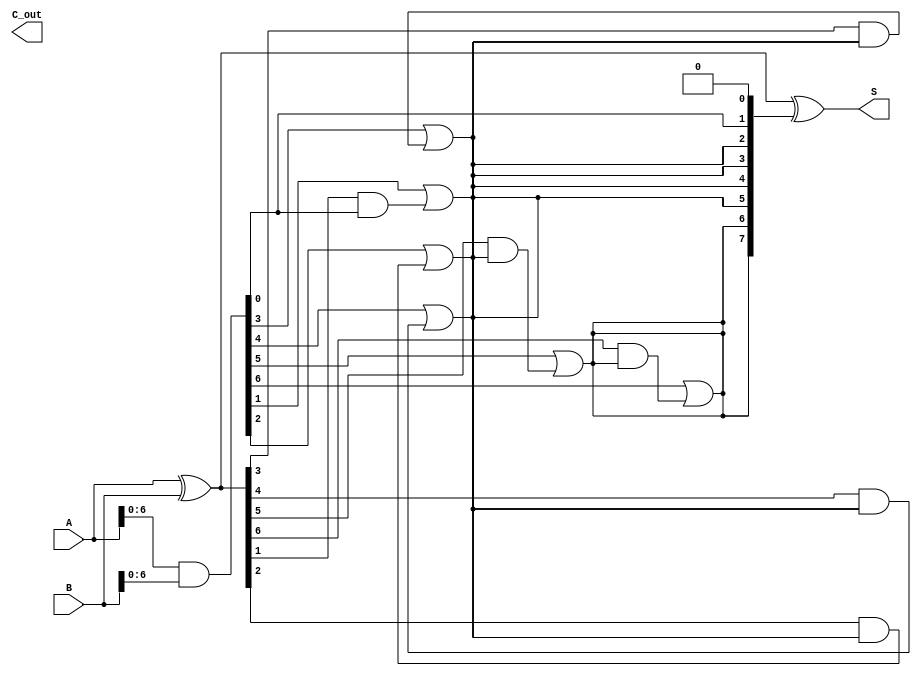
module KoggeStoneAdder #(parameter n = 8) (
    input [n-1:0] A,
    input [n-1:0] B,
    output [n-1:0] S,
    output C_out
);

    // Generate and Propagate signals
    wire [n-1:0] G; // Generate
    wire [n-1:0] P; // Propagate
    wire [n:0] C;   // Carry, C[0] is C0, C[n] is C_out

    assign G = A & B;                // Generate (G[i] = A[i] & B[i])
    assign P = A ^ B;                // Propagate (P[i] = A[i] ^ B[i])
    
    // Initialize carry signals
    assign C[0] = 1'b0;               // Initial carry (C[0] = 0)

    // First level of carry computation
    genvar i;
    generate
        for (i = 0; i < n-1; i = i + 1) begin : level1
            assign C[i + 1] = G[i] | (P[i] & C[i]);
        end
    endgenerate

    // Second level of carry computation
    generate
        for (i = 0; i < n-2; i = i + 2) begin : level2
            assign C[i + 3] = G[i + 1] | (P[i + 1] & C[i + 1]);
        end
    endgenerate

    // Third level of carry computation
    generate
        for (i = 0; i < n-4; i = i + 4) begin : level3
            assign C[i + 5] = G[i + 2] | (P[i + 2] & C[i + 3]);
        end
    endgenerate

    // Additional levels based on width n
    generate
        if (n > 8) begin
            for (i = 0; i < n-8; i = i + 8) begin : level4
                assign C[i + 9] = G[i + 4] | (P[i + 4] & C[i + 5]);
            end
        end
        // Extend additional levels as necessary for wider adders
    endgenerate

    // Sum calculation
    assign S = P ^ C[n-1:0];

    // Carry-out
    assign C_out = C[n];

endmodule